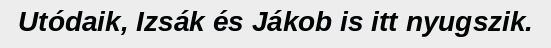
Utódaik, Izsák és Jákob is itt nyugszik.